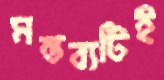
মন্তব্যটিই